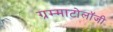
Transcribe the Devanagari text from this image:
ग्रम्माटोलॉजी